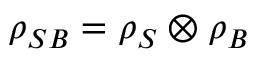
\rho _ { S B } = \rho _ { S } \otimes \rho _ { B }